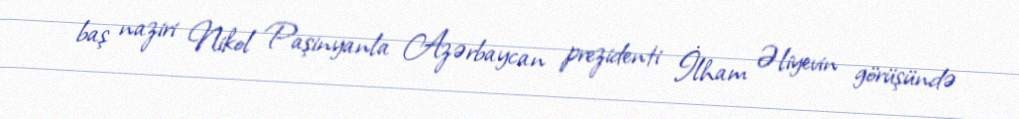
baş naziri Nikol Paşinyanla Azərbaycan prezidenti İlham Əliyevin görüşündə